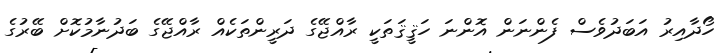
ހޯދާއިރު އަބަދުވެސް ފެންނަން އޮންނަ ހަޤީޤަތަކީ ރާއްޖޭގެ ދަރީންތަކެއް ރާއްޖޭގެ ބަދުނާމުކޮށް ބޭރުގެ